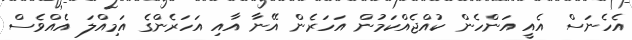
އެހެނަސް އެއީ އަންހެން ކުއްޖެއްކަމުން އަހަރެން އޭނާ އާއި އަހަރެންގެ އަމިއްލަ އެއްވެސް